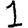
Digit: 1